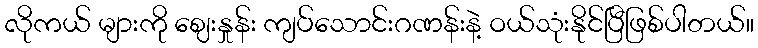
လိုကယ် များကို ဈေးနှုန်း ကျပ်သောင်းဂဏန်းနဲ့ ဝယ်သုံးနိုင်ပြီဖြစ်ပါတယ်။